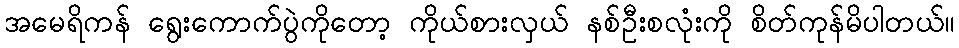
အမေရိကန် ရွေးကောက်ပွဲကိုတော့ ကိုယ်စားလှယ် နစ်ဦးစလုံးကို စိတ်ကုန်မိပါတယ်။